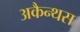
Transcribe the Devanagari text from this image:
अकैन्थस